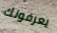
يعرفونك